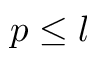
p \leq l